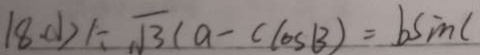
1 8 ( 1 ) \because \sqrt { 3 } ( a - c \cos B ) = b \sin C